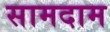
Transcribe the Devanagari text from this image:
सामदाम